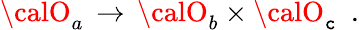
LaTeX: {\calO}_{a}\, \rightarrow\, {\calO}_{b}\times{\calO}_{\mathtt{c}}\, \, \, .